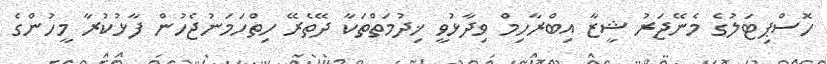
ހޮސްޕިޓަލުގެ މެނޭޖަރު ޝީޒާ އިބްރާހިމް ވިދާޅުވީ ޚިދުމަތްތަކާ ދޭތެރޭ ހިތްހަމަނުޖެހުން ފާޅުކުރާ މީހުންގެ